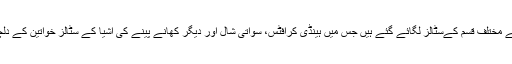
میلے میں خواتین کے لیے مختلف قسم کےسٹالز لگائے گئے ہیں جس میں ہینڈی کرافٹس، سواتی شال اور دیگر کھانے پینے کی اشیا کے سٹالز خواتین کے دلچسپی کا مرکز رہے ہیں۔